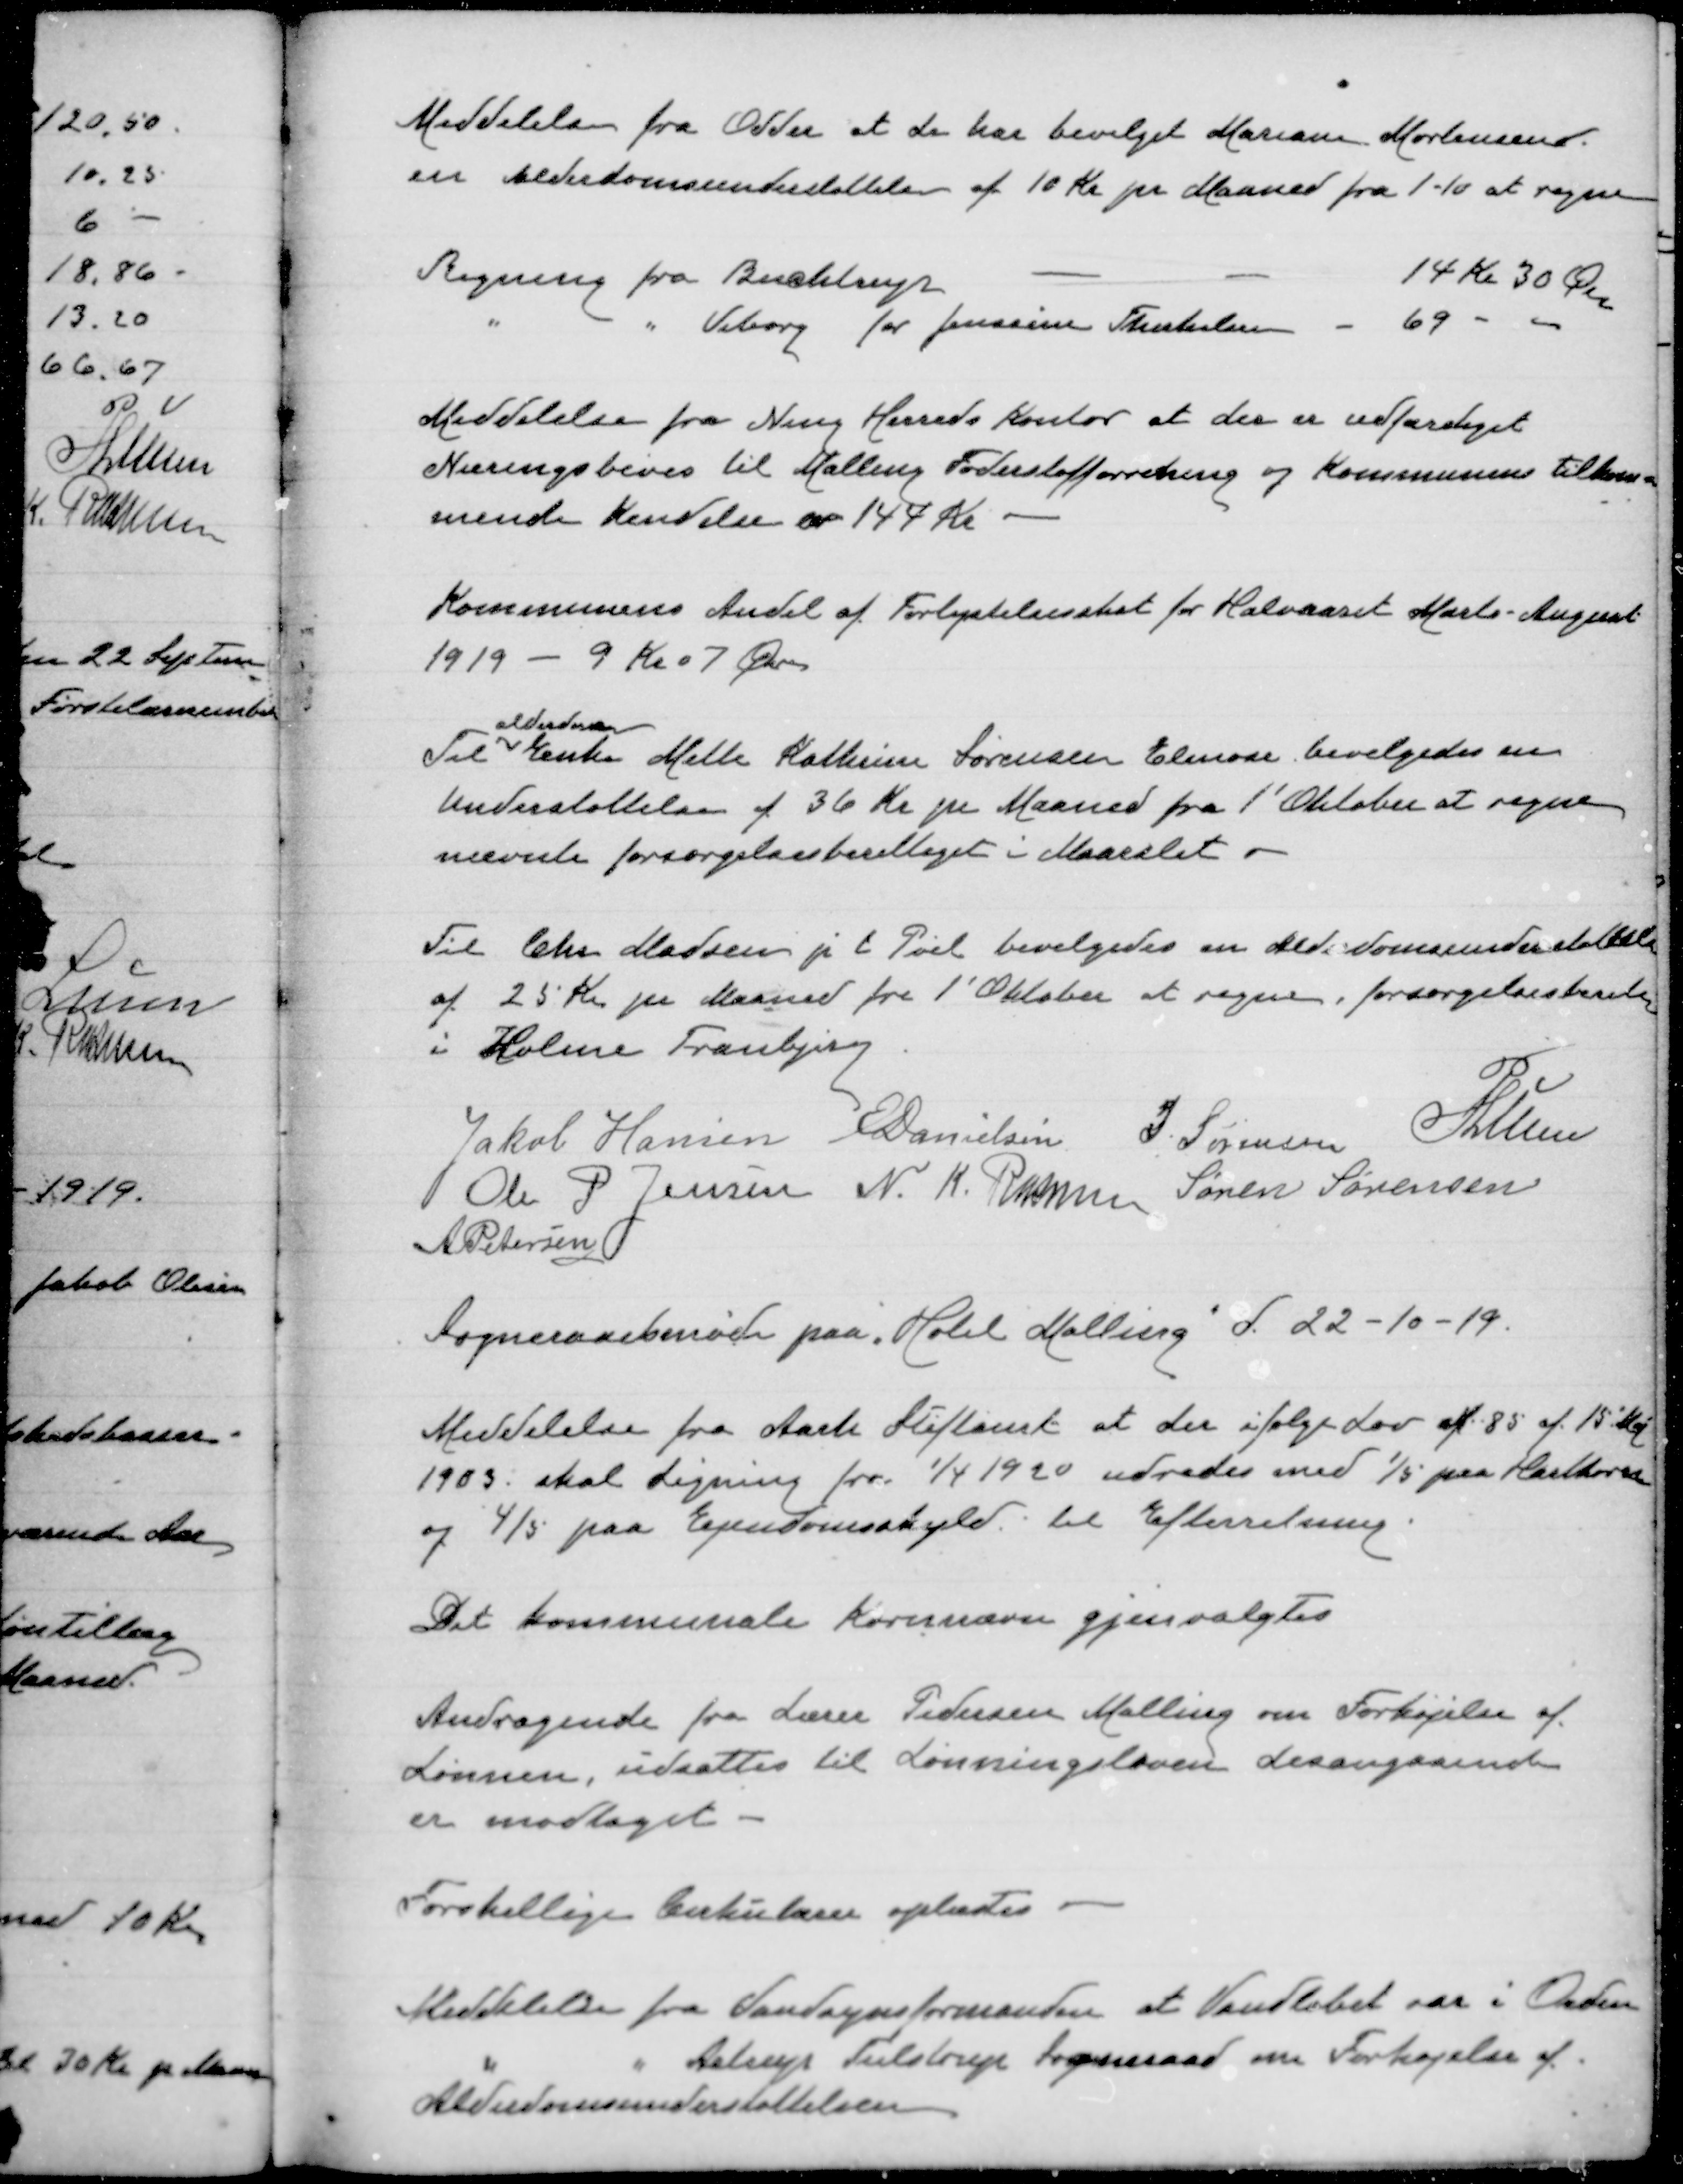
Transskription:
Meddelelse fra Odder at de har bevilget Mariane Mortensen.
en alderdomsunderstøttelse af 10 Kr pr Maaned fra 1-10 at regne

Regning fra Buchtrup
14 Kr 30 Øre
" " Viborg for Jenssine Therkelsen - 69 -

Meddelelse fra Ning Herreds Kontor at der er udfærdiget
Næringsbevis til Malling Foderstofforretning og Kommunens tilkom=
mende Kendelse  144 Kr

Kommunens Andel af Forlystelsesskat for Halvaaret Marts-August
1919 - 9 Kr 7 Øre

alderdom
Til Enke Mette Kathrine Sørensen Elmose. bevilgedes en
Understøttelse af 36 Kr pr Maaned fra 1' Oktober at regne
nævnte forsørgelsesberettiget i Maarslet

Til Chr Madsen p t Pøel bevilgedes en Alderdomsunderstøttelse
af 25 Kr pr Maaned fra 1' Oktober at regne. forsørgelsesberet
i Holme Tranbjerg.

Jakob Hansen
E Danielsen
J. Sørensen
P Lunn
Ole P Jensen
N. K. Rasmussen
Søren Sørensen
A Petersen

Sogneraadsmøde paa Hotel Malling d. 22-10-19

Meddelelse fra Aarh Stiftamt at der ifølge Lov af 85 af 15' Maj
1903 skal Ligning for 1/4 1920 udredes med 1/5 paa Hartkorn
og 4/5 paa Ejendomsskyld. til Efterretning.

Det kommunale Kornnævn gjenvalgtes

Andragende fra Lærer Pedersen Malling og Forhøjelse af
Lønnen, udsattes til Lønningsloven desangaaende
er modtaget

Forskellige Cirkulærer oplæstes

Meddelelse fra Vandsynsformanden at Vandløbet var i Orden
" " Alstrup Tulstrup Sogneraad om Forhøjelse af
Alderdomsunderstøttelsen